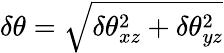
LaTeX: \delta\theta=\sqrt{\delta\theta_{xz}^{2}+\delta\theta_{yz}^{2}}